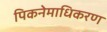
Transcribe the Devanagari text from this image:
पिकनेमाधिकरण